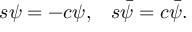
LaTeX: \begin{array} { l l } { { s \psi = - c \psi , } } & { { s \bar { \psi } = c \bar { \psi } . } } \end{array}